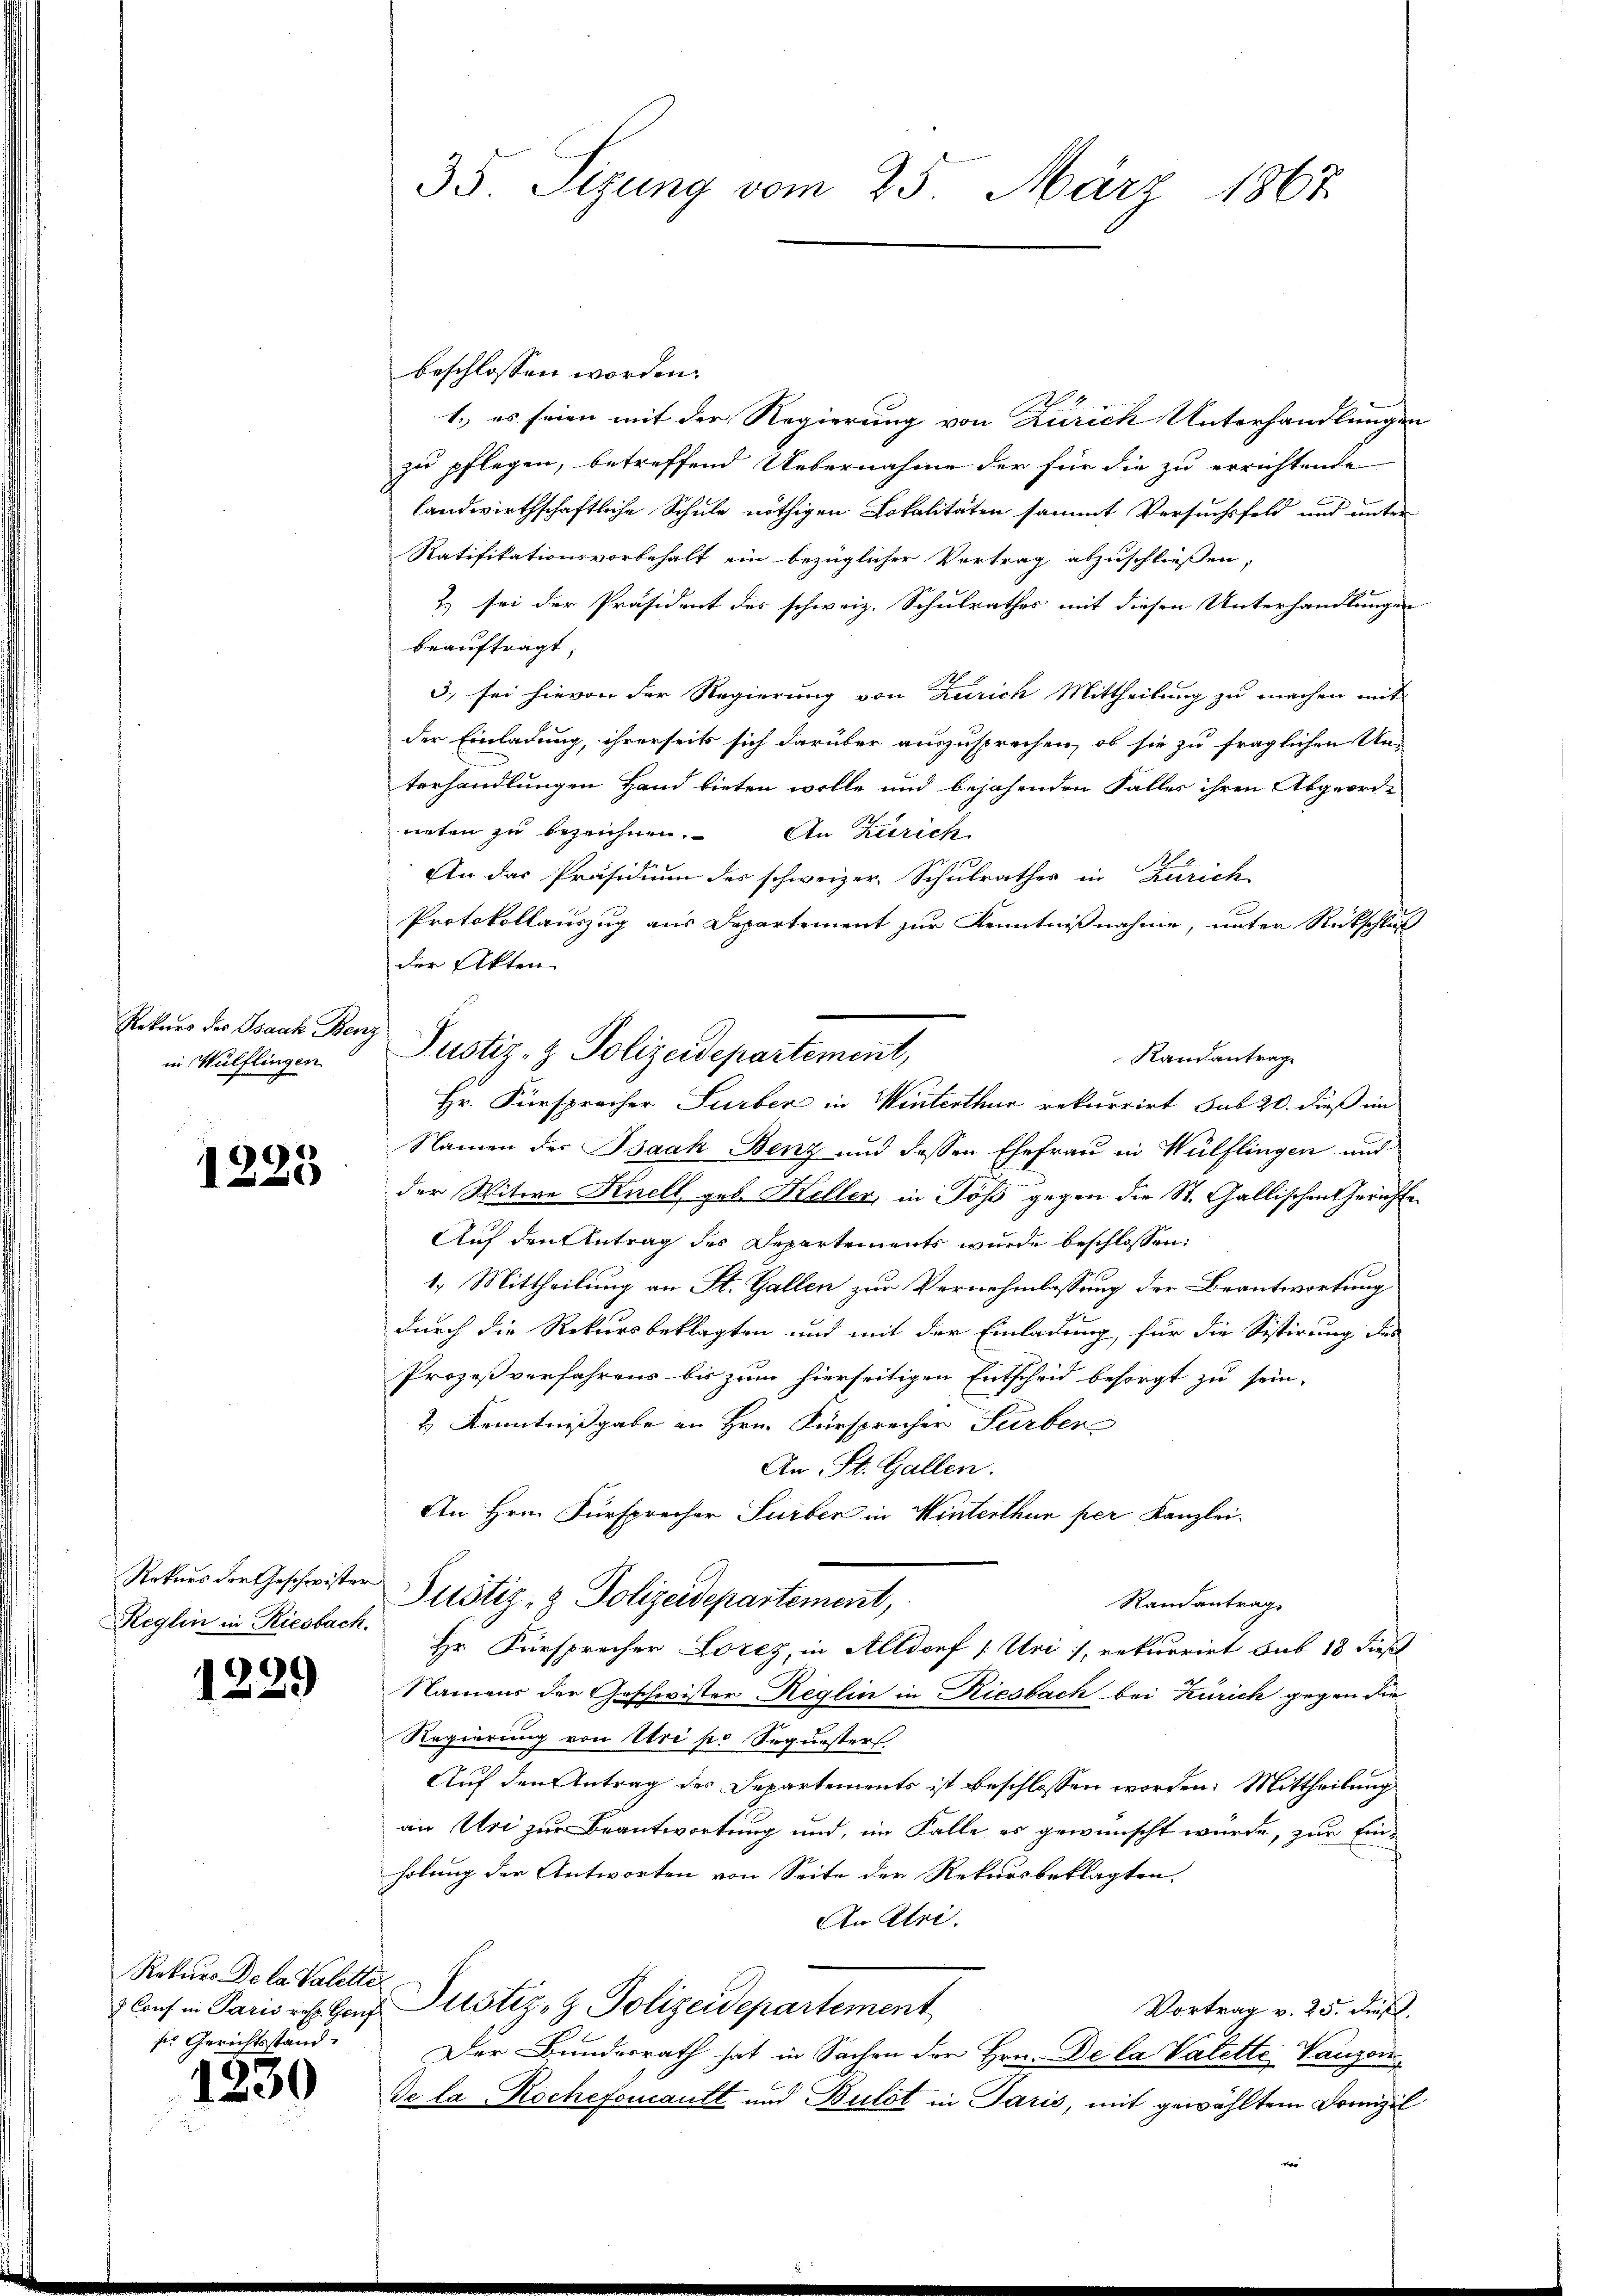
Petung der Sonnte Nach
in Wülflingen

1223

Reglin in Riesbach.

1229

Rekurs Dela Valette
ser Gerichtsstand.

1230

35 Sizung vom 25. März 1867.

beschlossen worden.
1.) es seien mit der Regierung von Zürich Unterhandlungen
zu pflegen, betreffend Uebernahme der für die zu errichtende
landwirthschaftliche Schule nöthigen Lokalitäten sammt Versuchsfeld und unter
Ratifikationsvorbehalt ein bezüglicher Vortrag abzuschließen,
2.) sei der Präsident des schweiz. Schulrathes mit diesen Unterhandlungen
beauftragt,
3., sei hievon der Regierung von Zürich Mittheilung zu machen mit
der Einladung, ihrerseits sich darüber auszusprechen, ob sie zu fraglichen Un-
terhandlungen Hand bieten wolle und bejahenden Falles ihren Abgeord-
neten zu bezeichnen. An Zürich
An das Präsidium des schweizer. Schulrathes in Kerrich
Protokollauszug aus Departement zur Kenntnißnahme, unter Rückschluß
der Akten
Namen der Bsaak Benz und dessen Ehefrau in Wülflingen und
der Witwe Knell geb. Heller, in Töß gegen die St. Gallischen Gerichte
Auf den Antrag des Departements wurde beschlossen:
1.) Mittheilung an St. Gallen zur Vernehmlassung der Beantwortung
durch die Rekursbeklagten und mit der Einladung, für die Sestirung des
Prozeß verfahrens bis zum hierseitigen Entscheid besorgt zu sein,
& Kenntnißgabe an Hrn. Fürsprecher Surben
An St. Gallen.
An Hrn. Fürsprecher Surber in Winterthur per Kanzlei.
Rekurs der Geschwister Justiz- & Polizeidepartement,
Randantrag
Hr. Fürsprecher Lorez, in Altdorf (Uri), rekurrirt sub 18 dieß
Namens der Geschwister Reglin in Riesbach bei Zürich gegen die
Regierung von Uri po Sequesters
Auf den Antrag des Departements ist beschlossen worden. Mittheilung
an Uri zur Beantwortung und, im Falle es gewünscht wurde, zur Einholung der Antworten von Seite der Rekursbeklagten
An Uri.
Canf in Paris res Genf Justiz- & Polizeidepartement
Vortrag v. 25. dieß.
Der Bundesrath hat in Sachen der Hrn. De la Valette Vauzeu
De la Rochefoucantt und Bulot in Paris, mit gewähltem Domizil
e

Justiz- & Polizeidepartement,
Randantrag
Hr. Fürsprecher Surben in Winterthur rekurrirt sub 20. dieß im